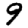
Digit: 9